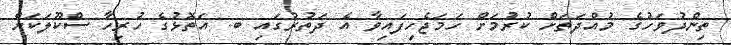
ތިންދުވަހުގެ މުއްދަތަށް ކުރުމަށް ހަމަޖެހިފައިވާ އެ ދަތުރުގައި ބ. އަތޮޅުގެ ހުރިހާ ސްކޫލަކަށް